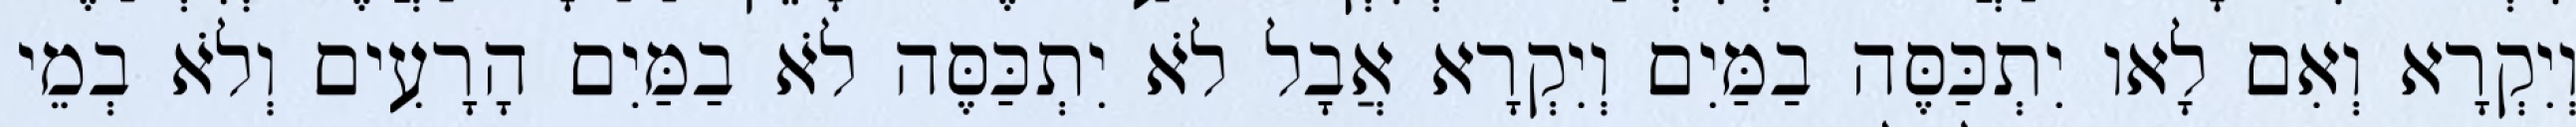
וְיִקְרָא וְאִם לָאו יִתְכַּסֶּה בַמַּיִם וְיִקְרָא אֲבָל לֹא יִתְכַּסֶּה לֹא בַמַּיִם הָרָעִים וְלֹא בְמֵי